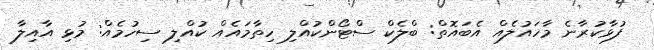
ފުޅާކުރާނެ މާހައުލެއް އެބައޮތް: ބްލެކް ސްޓޯންކުއްލި ހިތާމައެއް ކުއްލި ސިހުމެއް: މުޅި އާއިލާ